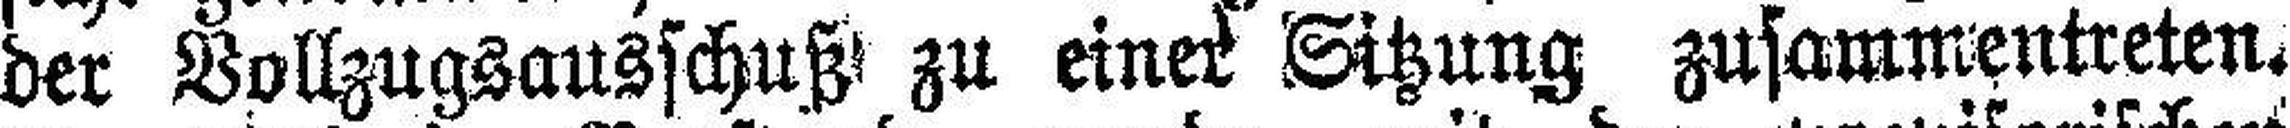
der Vollzugsausschuß zu einer Sitzung zusammentreten.